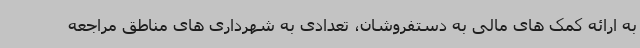
به ارائه کمک های مالی به دستفروشان، تعدادی به شهرداری های مناطق مراجعه